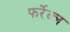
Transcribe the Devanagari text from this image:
फर्रेल्ल